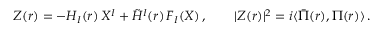
Z ( r ) = - H _ { I } ( r ) \, X ^ { I } + \tilde { H } ^ { I } ( r ) \, F _ { I } ( X ) \, , \qquad \vert Z ( r ) \vert ^ { 2 } = i \langle \bar { \Pi } ( r ) , \Pi ( r ) \rangle \, .